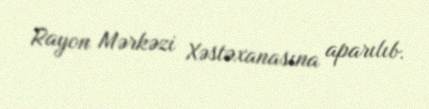
Rayon Mərkəzi Xəstəxanasına aparılıb.